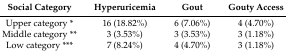
<table><thead><tr><td><b>Social Category</b></td><td><b>Hyperuricemia</b></td><td><b>Gout</b></td><td><b>Gouty Access</b></td></tr></thead><tbody><tr><td>Upper category *</td><td>16 (18.82%)</td><td>6 (7.06%)</td><td>4 (4.70%)</td></tr><tr><td>Middle category **</td><td>3 (3.53%)</td><td>3 (3.53%)</td><td>3 (1.18%)</td></tr><tr><td>Low category ***</td><td>7 (8.24%)</td><td>4 (4.70%)</td><td>3 (1.18%)</td></tr></tbody></table>